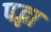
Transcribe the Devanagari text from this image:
पद्भा